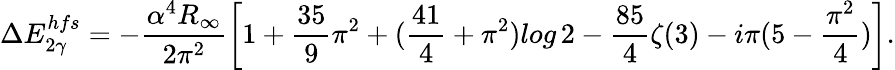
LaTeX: \Delta E_{2\gamma}^{hfs}=-\frac{\alpha^{4}R_{\infty}}{2\pi^{2}}\left[1+\frac{35}{9}\pi^{2}+(\frac{41}{4}+\pi^{2})log\, 2-\frac{85}{4}\zeta(3)-i\pi(5-\frac{\pi^{2}}{4})\right].